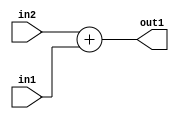
`timescale 1ps / 1ps
/*****************************************************************************
    Verilog RTL Description
    
    
    Created by: Stratus DpOpt 2019.1.01 
*******************************************************************************/

module SobelFilter_Add_10Ux9U_11U_1 (
	in2,
	in1,
	out1
	); /* architecture "behavioural" */ 
input [9:0] in2;
input [8:0] in1;
output [10:0] out1;
wire [10:0] asc001;

assign asc001 = 
	+(in2)
	+(in1);

assign out1 = asc001;
endmodule

/* CADENCE  ubD5Tg0= : u9/ySgnWtBlWxVPRXgAZ4Og= ** DO NOT EDIT THIS LINE ******/